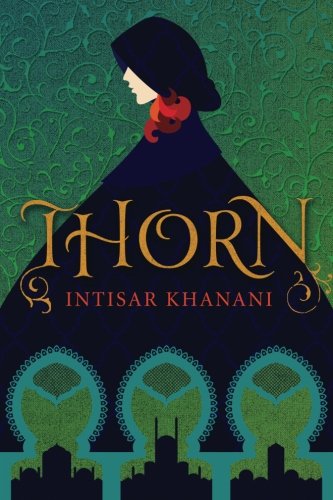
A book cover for Thorn; Intisar Khanani; Science Fiction & Fantasy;